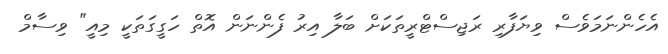
އެހެންނަމަވެސް ވިޔަފާރި ރަޖިސްޓްރީތަކަށް ބަލާ އިރު ފެންނަން އޮތް ހަގީގަތަކީ މިއީ" ވިސާމް